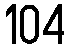
104